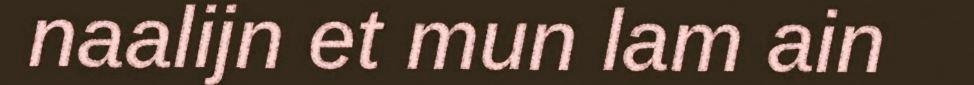
naalijn et mun lam ain